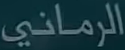
الرمانى